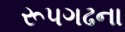
રૂપગઢના